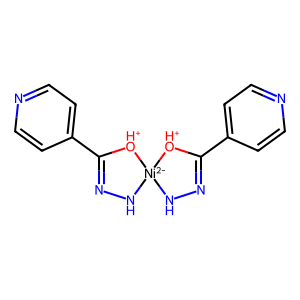
SMILES: c1cc(C2=NN[Ni-2]3(NN=C(c4ccncc4)[OH+]3)[OH+]2)ccn1
Inhibits HIV replication: No